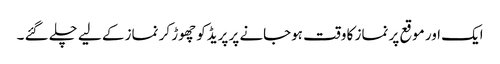
ایک اور موقع پر نماز کا وقت ہوجانے پر پریڈکو چھوڑ کر نماز کے لیے چلے گئے ۔